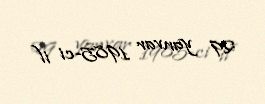
29 yanvar 1985-ci il